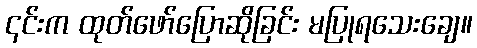
၎င်းက ထုတ်ဖော်ပြောဆိုခြင်း မပြုရသေးချေ။